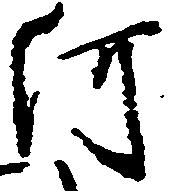
河